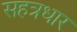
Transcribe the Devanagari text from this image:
सहत्रधार